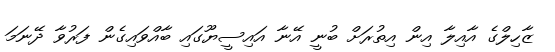
ޒާހިލްގެ އާއިލާ އިން އިތުރަށް ބުނީ އޭނާ އައިސީޔޫގައި ބާއްވައިގެން ފަރުވާ ދޭނަމަ